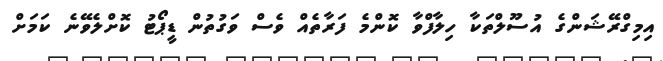
އިމިގްރޭޝަންގެ އުސޫލްތަކާ ހިލާފްވާ ކޮންމެ ފަރާތެއް ވެސް ވަގުތުން ޑީޕޯޓު ކޮށްލެވޭނެ ކަމަށް